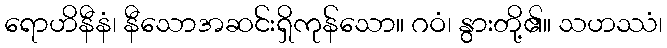
ရောဟိနီနံ၊ နီသောအဆင်းရှိကုန်သော။ ဂဝံ၊ နွားတို့၏။ သဟဿံ၊